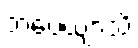
ဘဝေယျာသိ